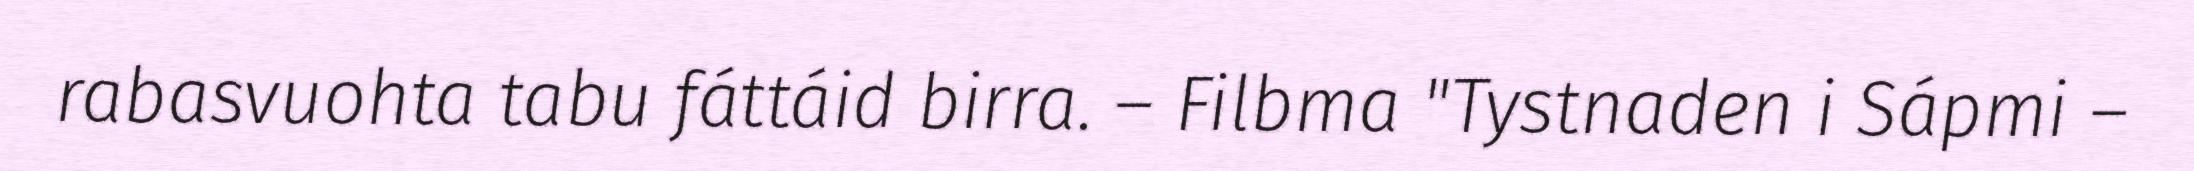
rabasvuohta tabu fáttáid birra. – Filbma "Tystnaden i Sápmi –